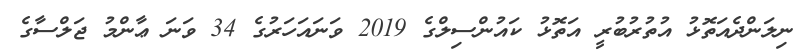
ނިލަންދެއަތޮޅު އުތުރުބުރީ އަތޮޅު ކައުންސިލްގެ 2019 ވަނައަހަރުގެ 34 ވަނަ ޢާންމު ޖަލްސާގެ